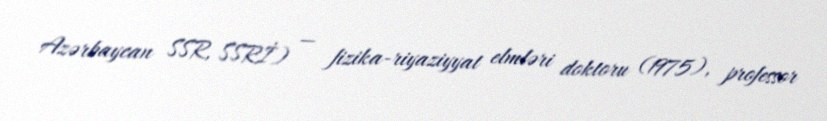
Azərbaycan SSR, SSRİ) — fizika-riyaziyyat elmləri doktoru (1975), professor